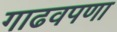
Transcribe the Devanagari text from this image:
गाढवपणा